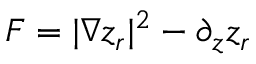
{ \cal F } = | \nabla z _ { r } | ^ { 2 } - \partial _ { z } z _ { r }